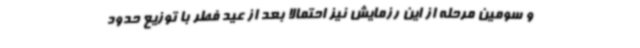
و سومین مرحله از این رزمایش نیز احتمالا بعد از عید فطر با توزیع حدود